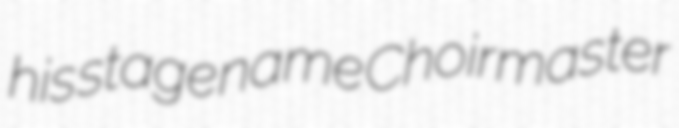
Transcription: his stage name Choirmaster